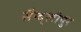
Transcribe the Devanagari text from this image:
सैन्द्लीपुर